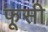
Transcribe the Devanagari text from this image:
फूसी